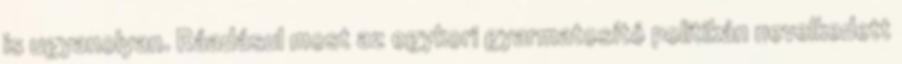
is ugyanolyan. Ráadásul most az egykori gyarmatosító politikán nevelkedett